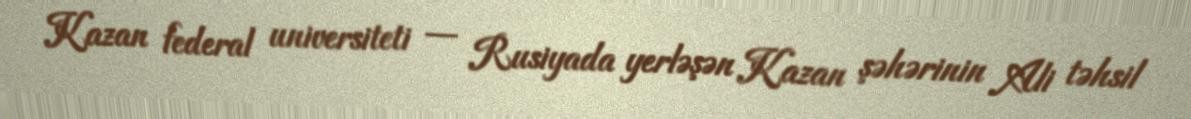
Kazan federal universiteti — Rusiyada yerləşən Kazan şəhərinin Ali təhsil